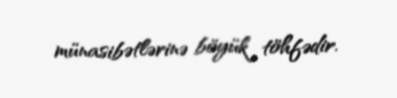
münasibətlərinə böyük töhfədir.